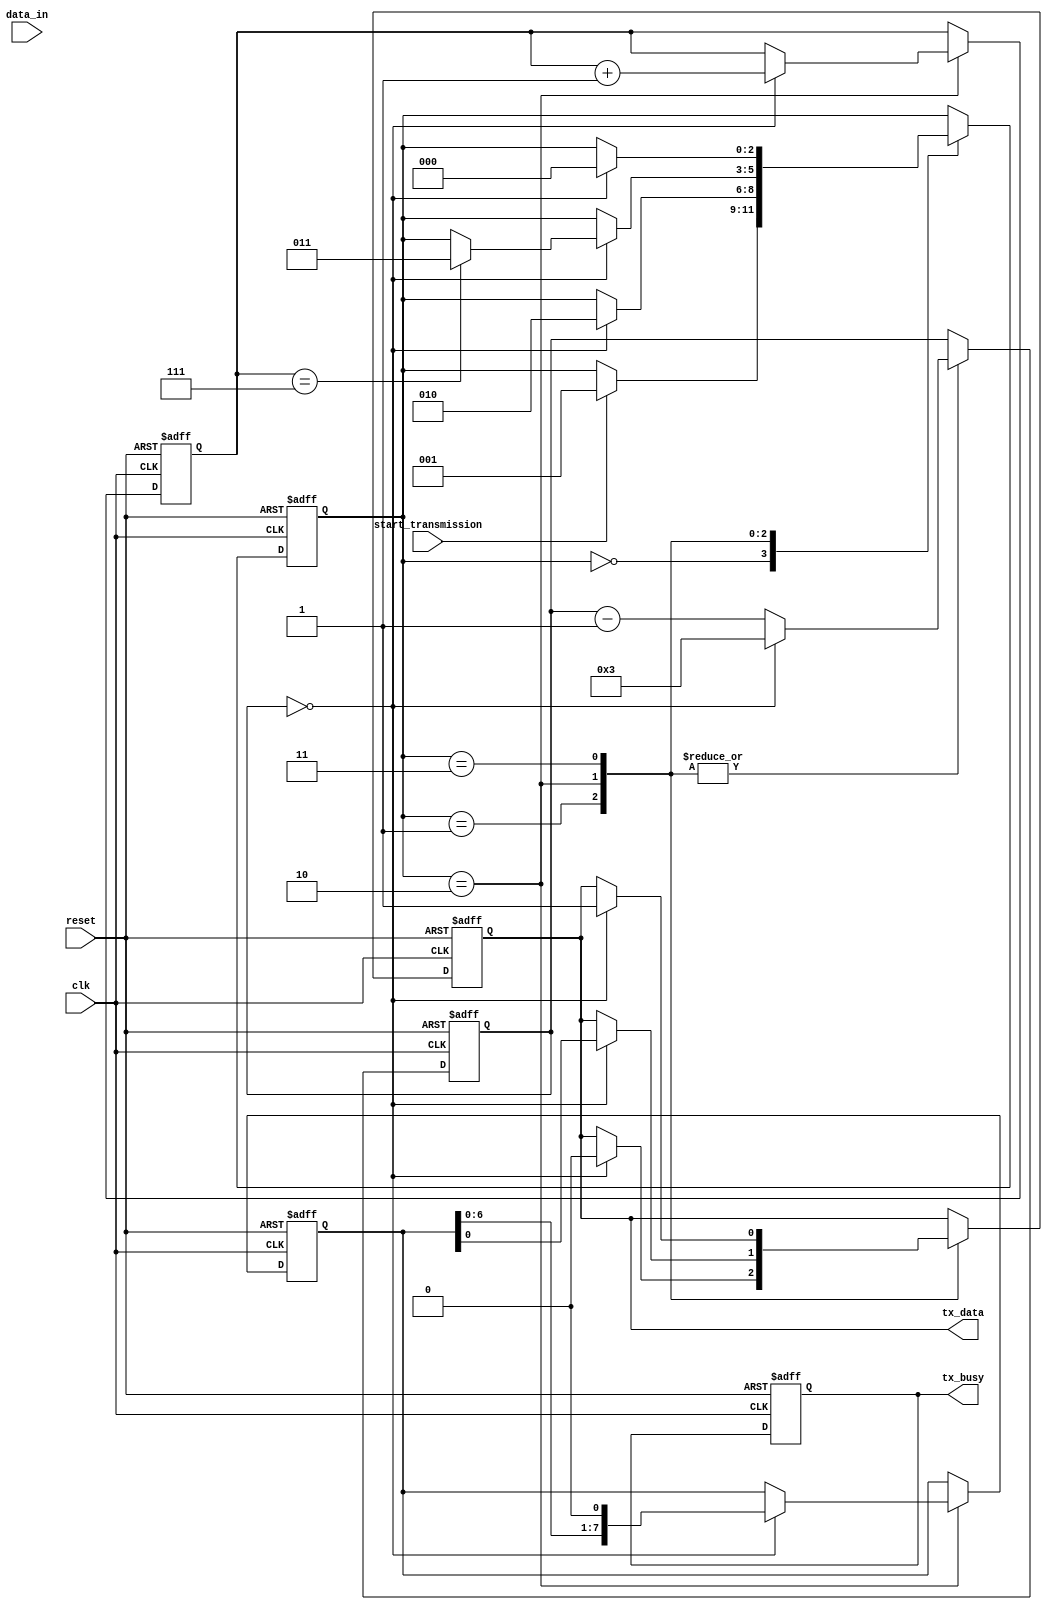
module uart_transmitter (
    input clk,
    input reset,
    input start_transmission,
    input [7:0] data_in,
    output reg tx_data,
    output reg tx_busy
);

// State machine to control timing and sequence of data transmission
reg [2:0] state = 3'b000;
parameter IDLE = 3'b000;
parameter START_BIT = 3'b001;
parameter DATA_BITS = 3'b010;
parameter STOP_BIT = 3'b011;

// Shift register to store and shift out data bits
reg [7:0] shift_reg;
reg [3:0] bit_counter;

// Baud rate generator to set transmission speed
parameter BAUD_RATE = 9600; // Specify desired baud rate
reg [15:0] baud_count;

always @(posedge clk or posedge reset) begin
    if (reset) begin
        state <= IDLE;
        shift_reg <= 8'b00000000;
        bit_counter <= 4'b0000;
        baud_count <= 16'b0;
        tx_data <= 1'b1; // Start bit
        tx_busy <= 1'b0;
    end else begin
        case (state)
            IDLE: begin
                if (start_transmission) begin
                    state <= START_BIT;
                end
            end
            START_BIT: begin
                if (baud_count == 0) begin
                    baud_count <= 16'b1000000000000000 / BAUD_RATE;
                    tx_data <= 1'b0; // Send data bits
                    state <= DATA_BITS;
                end else begin
                    baud_count <= baud_count - 1;
                end
            end
            DATA_BITS: begin
                if (baud_count == 0) begin
                    baud_count <= 16'b1000000000000000 / BAUD_RATE;
                    tx_data <= shift_reg[0]; // Shift out data bits
                    shift_reg <= {shift_reg[6:0], 1'b0};
                    bit_counter <= bit_counter + 1;
                    if (bit_counter == 7) begin
                        state <= STOP_BIT;
                    end
                end else begin
                    baud_count <= baud_count - 1;
                end
            end
            STOP_BIT: begin
                if (baud_count == 0) begin
                    baud_count <= 16'b1000000000000000 / BAUD_RATE;
                    tx_data <= 1'b1; // Stop bit
                    state <= IDLE;
                end else begin
                    baud_count <= baud_count - 1;
                end
            end
        endcase
    end
end

endmodule